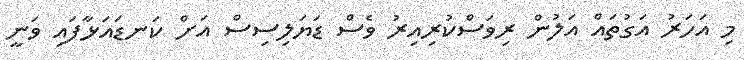
މި އަހަރު އަގުތައް އަލުން ރިވަސްކުރިއިރު ވެސް ޑަޔަލިސިސް އަށް ކަނޑައަޅާފައި ވަނީ